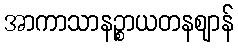
အာကာသာနဉ္စာယတနဈာန်